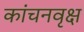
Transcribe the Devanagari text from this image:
कांचनवृक्ष